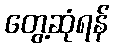
တွေ့ဆုံရန်